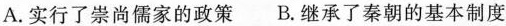
A.实行了崇尚儒家的政策B.继承了秦朝的基本制度